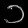
Digit: ၁